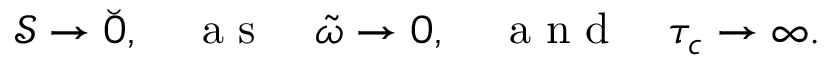
\mathcal { S } \to \breve { 0 } , \quad \mathrm { ~ a ~ s ~ } \quad \tilde { \omega } \to 0 , \quad \mathrm { ~ a ~ n ~ d ~ } \quad \tau _ { c } \to \infty .